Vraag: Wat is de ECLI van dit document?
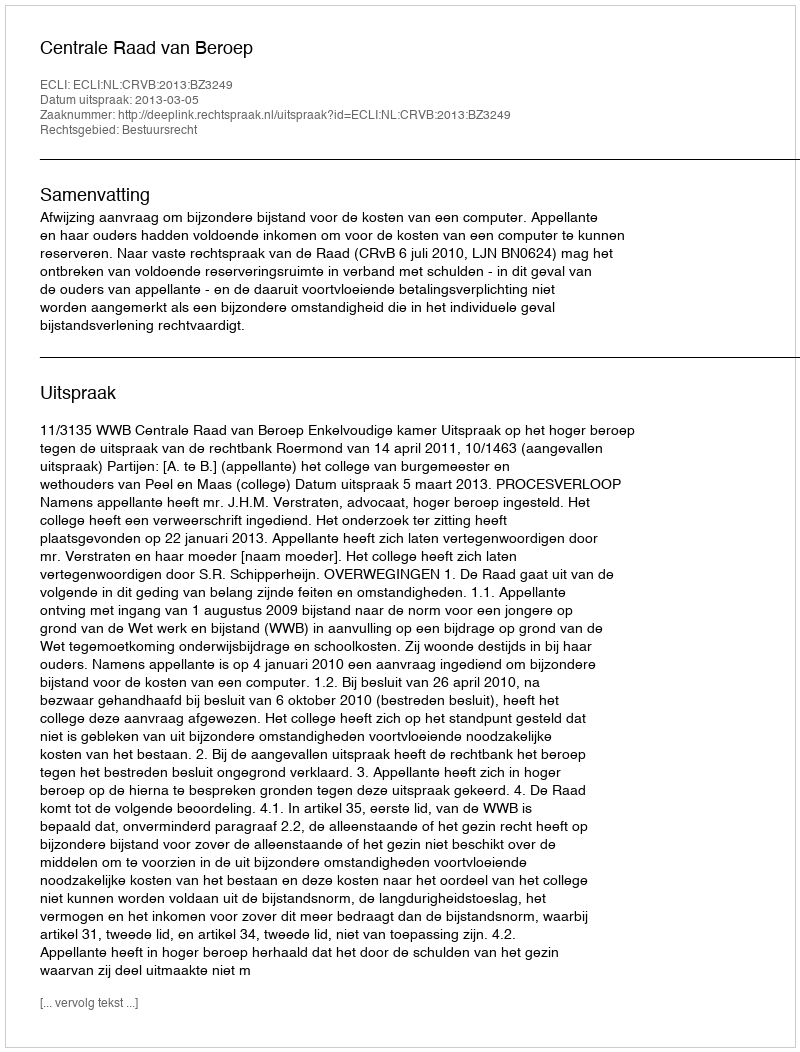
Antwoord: ECLI:NL:CRVB:2013:BZ3249